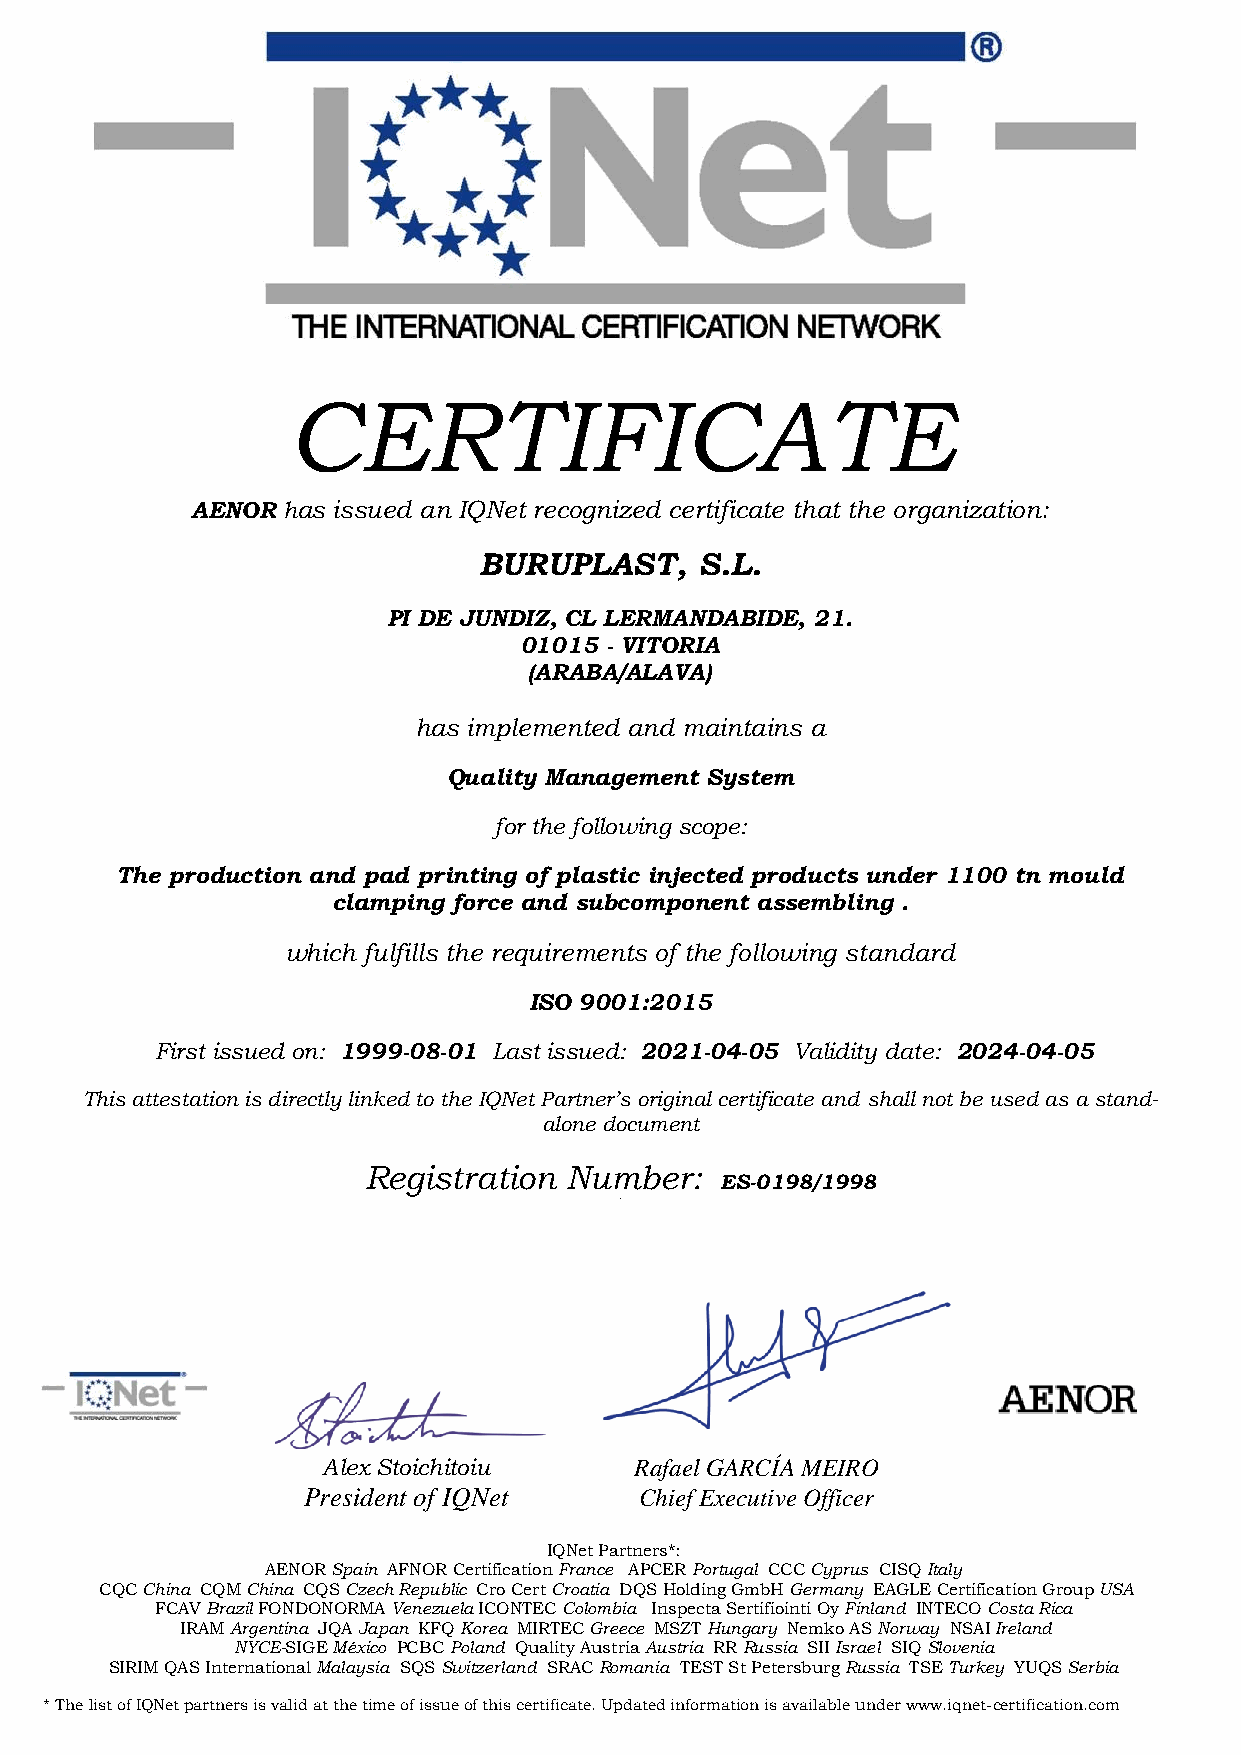
CERTIFICATE
 AENOR has issued an IQNet recognized certificate that the organization:
 BURUPLAST,    S.L.
 PI DE JUNDIZ, CL LERMANDABIDE, 21.
 01015 - VITORIA
 (ARABA/ALAVA)
 has implemented and maintains a
 Quality Management System
 for the following scope:
 The production and pad printing of plastic injected products under 1100 tn mould
 clamping force and subcomponent assembling .
 which fulfills the requirements of the following standard
 ISO 9001:2015
 First issued on: 1999-08-01 Last issued: 2021-04-05 Validity date: 2024-04-05
 This attestation is directly linked to the IQNet Partner’s original certificate and shall not be used as a stand-
 alone document
 Registration Number:
 ES-0198/1998
 a
 Alex Stoichitoiu     Rafael GARCÍA MEIRO
 President of IQNet    Chief Executive Officer
 IQNet Partners*:
 AENOR Spain AFNOR Certification France APCER Portugal CCC Cyprus CISQ Italy
 CQC China CQM China CQS Czech Republic Cro Cert Croatia DQS Holding GmbH Germany EAGLE Certification Group USA
 FCAV Brazil FONDONORMA Venezuela ICONTEC Colombia Inspecta Sertifiointi Oy Finland INTECO Costa Rica
 IRAM Argentina JQA Japan KFQ Korea MIRTEC Greece MSZT Hungary Nemko AS Norway NSAI Ireland
 NYCE-SIGE México PCBC Poland Quality Austria Austria RR Russia SII Israel SIQ Slovenia
 SIRIM QAS International Malaysia SQS Switzerland SRAC Romania TEST St Petersburg Russia TSE Turkey YUQS Serbia
 * The list of IQNet partners is valid at the time of issue of this certificate. Updated information is available under www.iqnet-certification.com